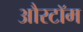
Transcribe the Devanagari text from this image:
औरटॉम